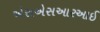
એસએસઆરઆઈ